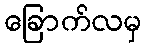
ခြောက်လမှ